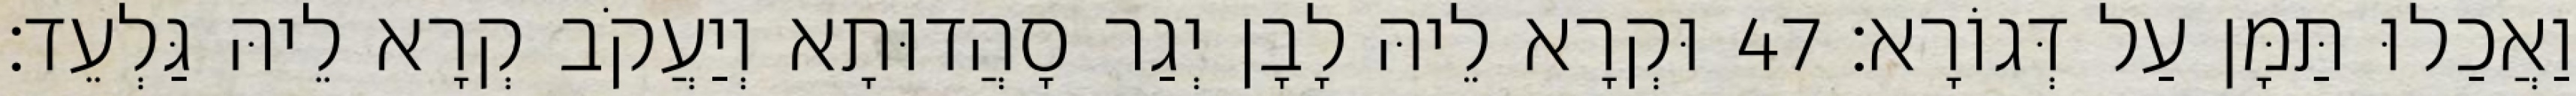
וַאֲכַלוּ תַּמָּן עַל דְּגוֹרָא׃ 47 וּקְרָא לֵיהּ לָבָן יְגַר סָהֲדוּתָא וְיַעֲקֹב קְרָא לֵיהּ גַּלְעֵד׃